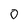
Character: 0